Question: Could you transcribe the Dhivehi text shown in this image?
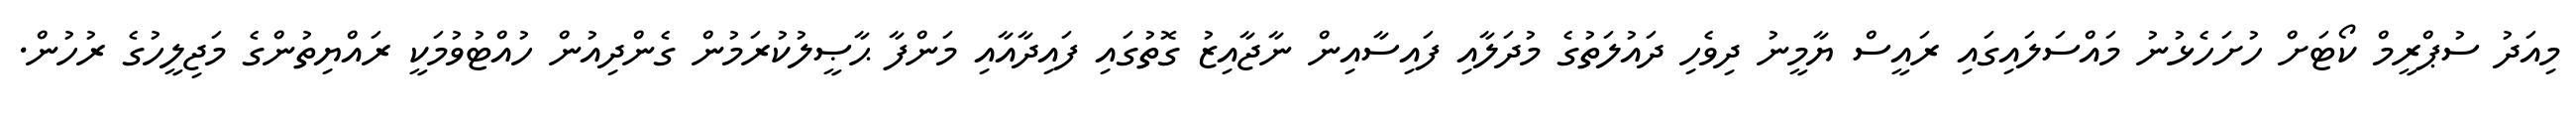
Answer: މިއަދު ސުޕްރީމް ކޯޓަށް ހުށަހެޅުނު މައްސަލައިގައި ރައީސް ޔާމީނު ދިވެހި ދައުލަތުގެ މުދަލާއި ފައިސާއިން ނާޖާއިޒު ގޮތުގައި ފައިދާއާއި މަންފާ ޙާޞީލުކުރަމުން ގެންދިއުން ހުއްޓުވުމަކީ ރައްޔިތުންގެ މަޖިލީހުގެ ރުހުން.